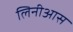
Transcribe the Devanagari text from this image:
लिनीआस